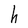
Character: h